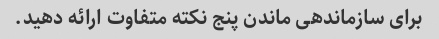
برای سازماندهی ماندن پنج نکته متفاوت ارائه دهید.